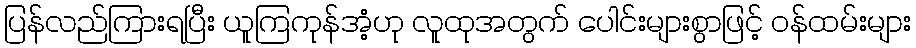
ပြန်လည်ကြားရပြီး ယူကြကုန်အံ့ဟု လူထုအတွက် ပေါင်းများစွာဖြင့် ဝန်ထမ်းများ